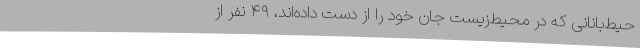
حیط‌بانانی‌ که در محیط‌زیست جان خود را از دست داده‌اند، ۴۹ نفر از